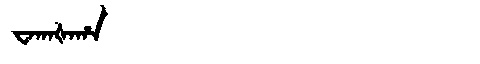
Manchu: ᠸᠠᡴᠠᡧᠠᡥᠠ
Romanization: WAKAŠAHA